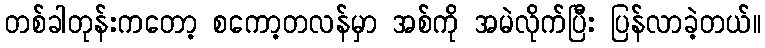
တစ်ခါတုန်းကတော့ စကော့တလန်မှာ အစ်ကို အမဲလိုက်ပြီး ပြန်လာခဲ့တယ်။